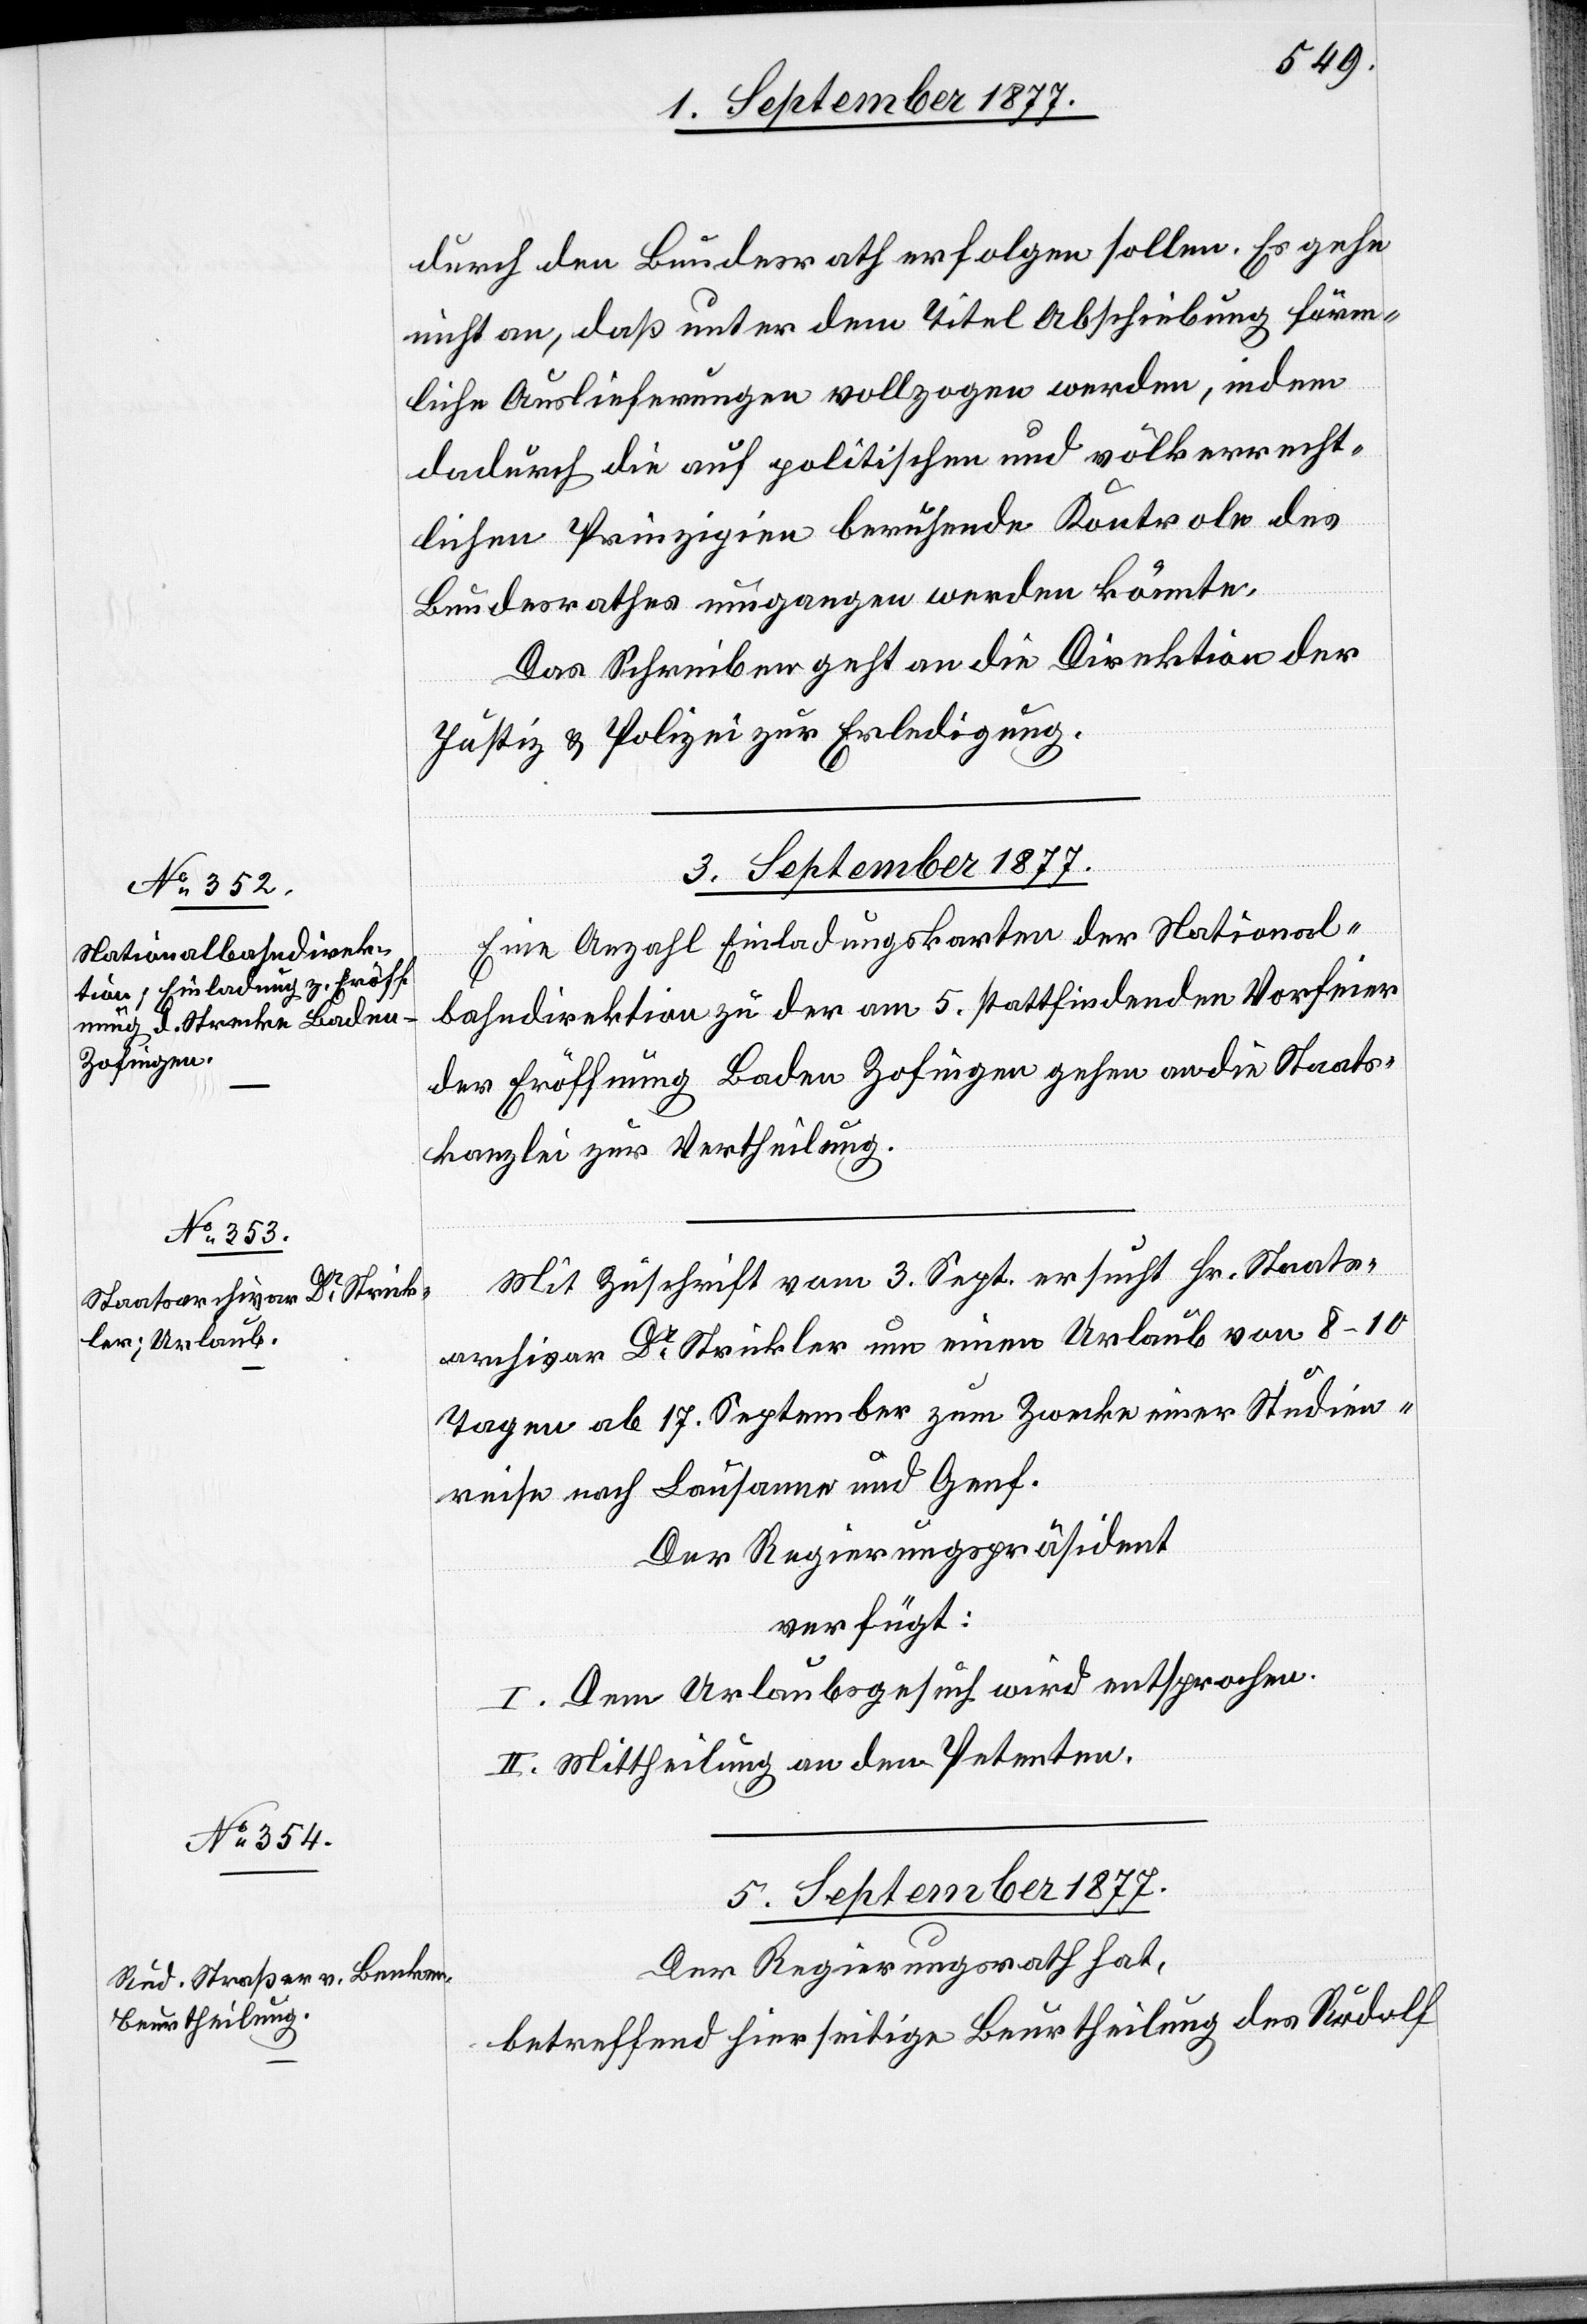
5. September 1877.
Eine Anzahl Einladungskarten der National¬
bahndirektion zu der am 5. stattfindenden Vorfeier
der Eröffnung Baden Zofingen gehen an die Staats¬
kanzlei zur Vertheilung.
Mit Zuschrift vom 3. Sept. ersucht Hr. Staats¬
archivar Dr Strickler um einen Urlaub von 8–10
Tagen ab 17. September zum Zwecke einer Studien¬
reise nach Lausanne und Genf.
Der Regierungspräsident
verfügt:
I. Dem Urlaubsgesuch wird entsprochen.
II. Mittheilung an den Petenten.
Der Regierungsrath hat,
betreffend hierseitige Beurtheilung des Rudolf